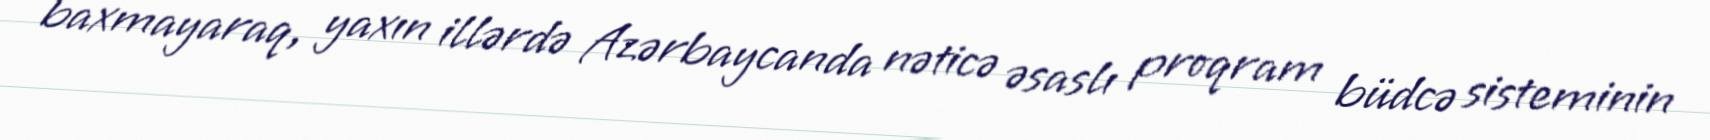
baxmayaraq, yaxın illərdə Azərbaycanda nəticə əsaslı proqram büdcə sisteminin